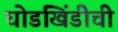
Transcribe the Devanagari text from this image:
घोडखिंडीची